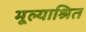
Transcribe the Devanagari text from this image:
मूल्याश्रित